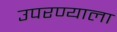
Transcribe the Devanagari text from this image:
उपरण्याला